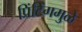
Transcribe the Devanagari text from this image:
प्रिंटिंगमुळे